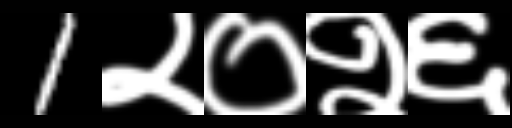
Text: 1२०२६